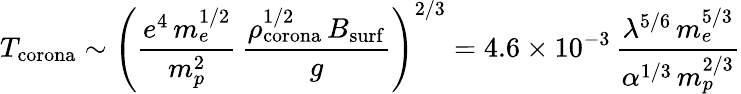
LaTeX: T_{\mathrm{corona}}\sim\left(\frac{e^{4}\, m_{e}^{1/2}}{m_{p}^{2}}\, \frac{\rho_{\mathrm{corona}}^{1/2}\, B_{\mathrm{surf}}}{g}\right)^{2/3}=4.6\times 10^{-3}\, \frac{\lambda^{5/6}\, m_{e}^{5/3}}{\alpha^{1/3}\, m_{p}^{2/3}}